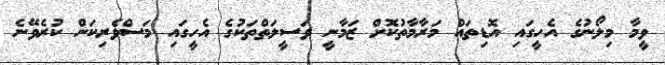
ވީމާ މިލޯނުގެ އެހީގައި އޮޑިތައް މަރާމާތުކޮށް ޒަމާނީ ވަސީލަތްތަކުގެ އެހީގައި މަސްވެރިކަން ކުރެވޭނެ